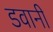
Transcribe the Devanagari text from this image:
डवानी